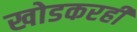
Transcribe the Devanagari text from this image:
खोडकरही